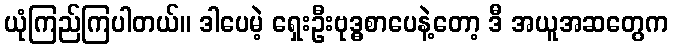
ယုံကြည်ကြပါတယ်။ ဒါပေမဲ့ ရှေးဦးဗုဒ္ဓစာပေနဲ့တော့ ဒီ အယူအဆတွေက